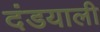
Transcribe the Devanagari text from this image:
दंडयाली